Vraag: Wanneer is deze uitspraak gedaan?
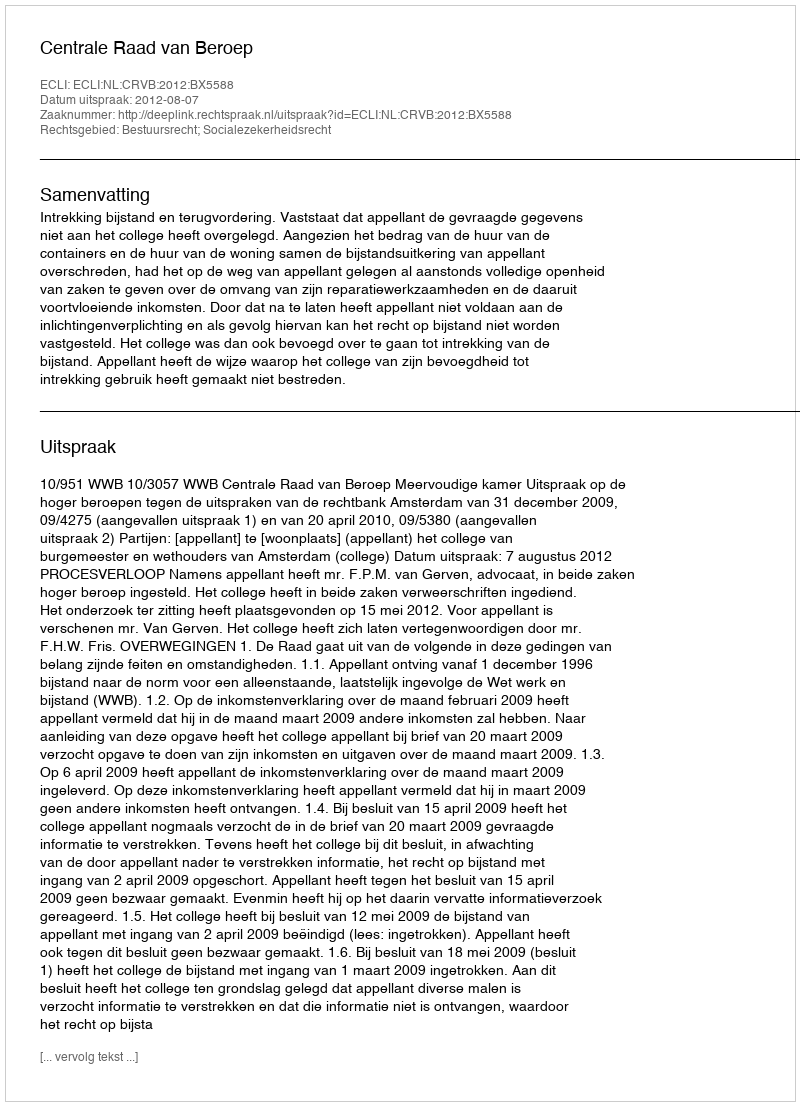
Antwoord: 2012-08-07